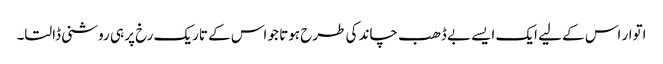
اتوار اس کے لیے ایک ایسے بے ڈھب چاند کی طرح ہوتا جو اس کے تاریک رخ پر ہی روشنی ڈالتا۔